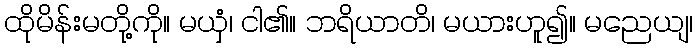
ထိုမိန်းမတို့ကို။ မယှံ၊ ငါ၏။ ဘရိယာတိ၊ မယားဟူ၍။ မညေယျ၊